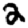
Digit: 2